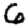
Digit: 6